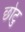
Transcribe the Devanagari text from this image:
छोटु